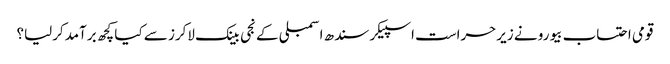
قومی احتساب بیورو نے زیرحراست اسپیکر سندھ اسمبلی کے نجی بینک لاکرز سے کیا کچھ برآمدکرلیا؟